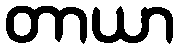
တာယာ